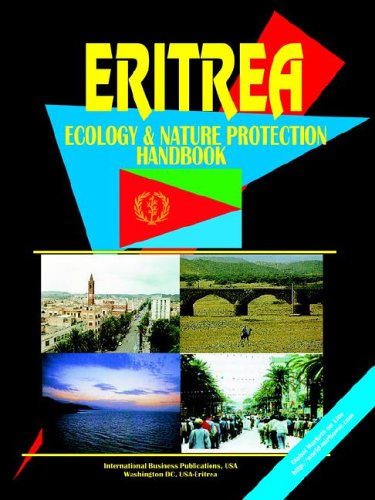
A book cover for Eritrea Ecology & Nature Protection Handbook (World Business, Investment and Government Library); Ibp Usa; Travel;